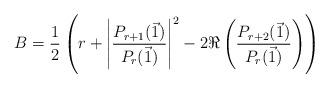
LaTeX: \begin{align*}B = \frac{1}{2}\left( r+ \left| \frac{P_{r+1}(\vec{1})}{P_r(\vec{1})}\right|^2 -2\Re\left(\frac{P_{r+2}(\vec{1})}{P_r(\vec{1})}\right)\right)\end{align*}